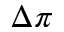
\Delta \pi